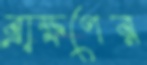
ব্রাক্ষণের